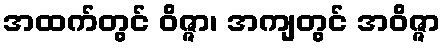
အထက်တွင် ဝိဇ္ဇာ၊ အကျတွင် အဝိဇ္ဇာ